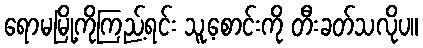
ရောမမြို့ကိုကြည့်ရင်း သူ့စောင်းကို တီးခတ်သလိုပ။